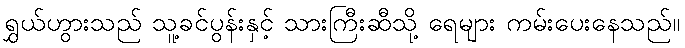
ရွှယ်ဟွားသည် သူ့ခင်ပွန်းနှင့် သားကြီးဆီသို့ ရေများ ကမ်းပေးနေသည်။